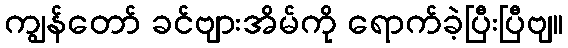
ကျွန်တော် ခင်ဗျားအိမ်ကို ရောက်ခဲ့ပြီးပြီဗျ။